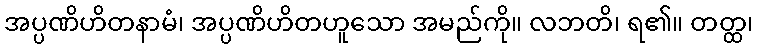
အပ္ပဏိဟိတနာမံ၊ အပ္ပဏိဟိတဟူသော အမည်ကို။ လဘတိ၊ ရ၏။ တတ္ထ၊